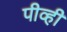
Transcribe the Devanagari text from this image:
पीव्ही